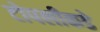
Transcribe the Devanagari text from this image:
टोपलीकडे